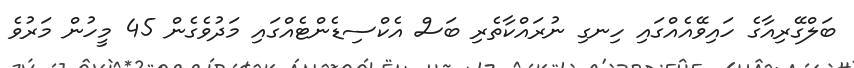
ބަލްގޭރިއާގެ ހައިވޭއެއްގައި ހިނގި ނުރައްކާތެރި ބަސް އެކްސިޑެންޓެއްގައި މަދުވެގެން 45 މީހުން މަރުވެ